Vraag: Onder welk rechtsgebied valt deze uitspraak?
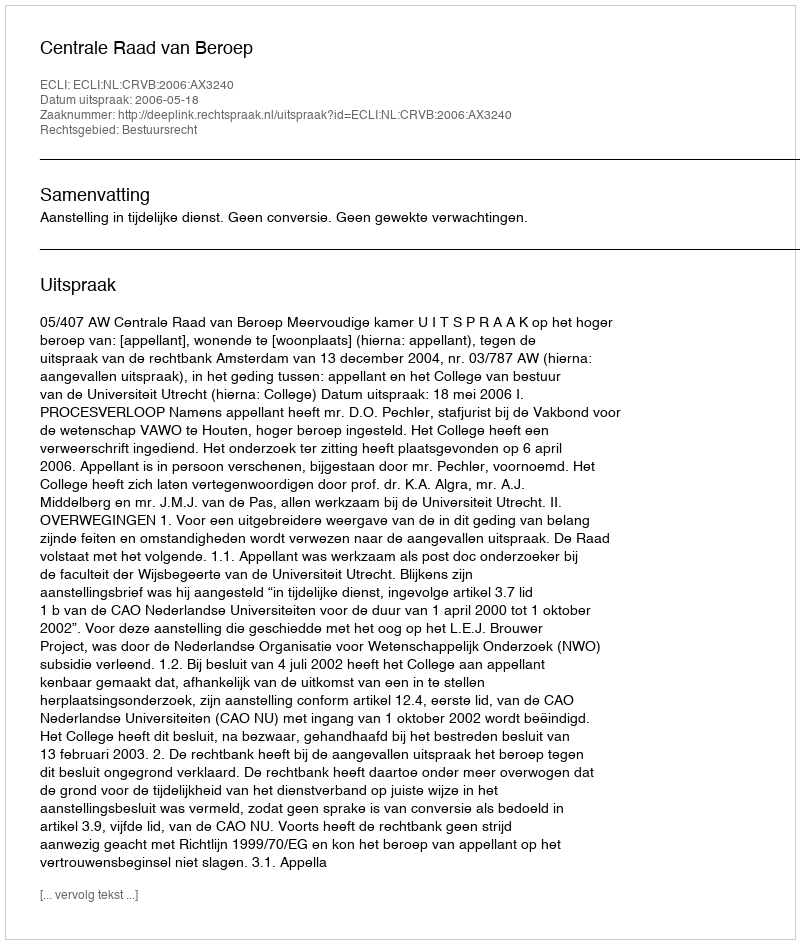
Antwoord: Bestuursrecht